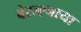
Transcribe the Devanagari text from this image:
बेरज्ह्नाया